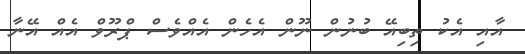
އާއި އެކު ތިބިއޭ ބުނުން ނޫން އެހެން އެއްވެސް ޕްރޫވް އެއް އޭނާ